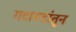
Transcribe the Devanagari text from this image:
गटागटांतून